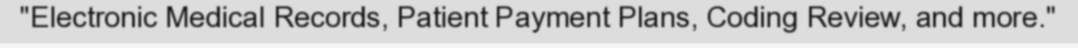
"Electronic Medical Records, Patient Payment Plans, Coding Review, and more."